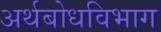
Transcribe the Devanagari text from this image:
अर्थबोधविभाग